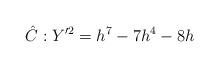
LaTeX: \begin{align*}\hat{C}: Y'^2 = h^7 - 7h^4 - 8h\end{align*}